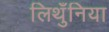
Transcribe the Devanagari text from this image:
लिथुँनिया